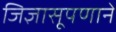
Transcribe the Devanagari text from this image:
जिज्ञासूपणाने